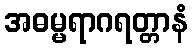
အဓမ္မရာဂရတ္တာနံ